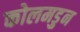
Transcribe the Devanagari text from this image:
कोलमडुन